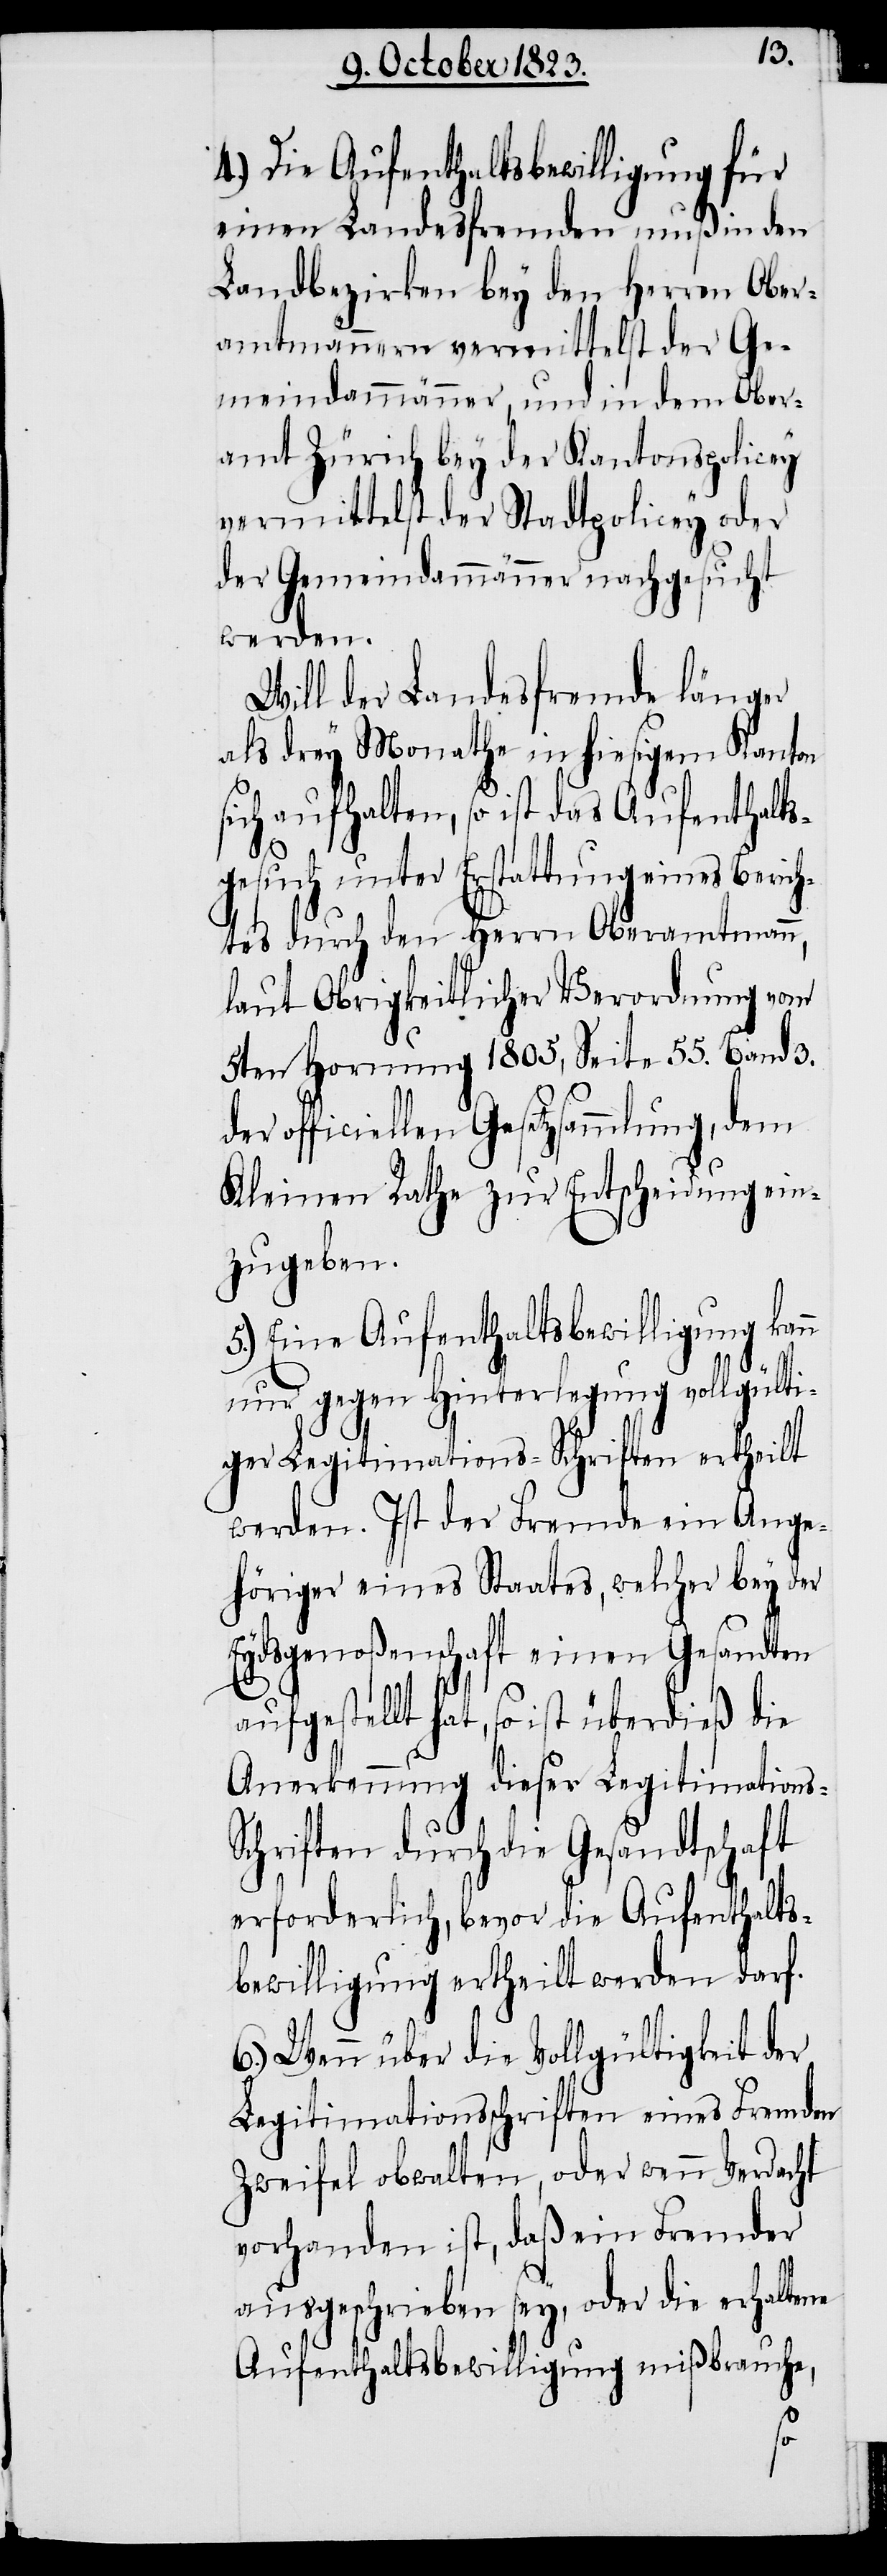
4.) Die Aufenthaltsbewilligung für
einen Landesfremden muß in den
Landbezirken bey den Herren Ober¬
amtmännern vermittelst der Ge¬
meindammänner, und in dem Ober¬
amt Zürich bey der Kantonspolicey
vermittelst der Stadtpolicey oder
der Gemeindammänner nachgesucht
werden.
Will der Landesfremde länger
als drey Monathe in hiesigem Kanton
sich aufhalten, so ist das Aufenthalts¬
s-S¬
gesuch unter Erstattung eines Berich¬
tes durch den Herrn Oberamtmann,
laut Obrigkeitlicher Verordnung vom
5ten Hornung 1805, Seite 55. Band 3.
der officiellen Gesetzsammlung, dem
Kleinen Rathe zur Entscheidung ein¬
zugeben.
5.) Eine Aufenthaltsbewilligung kann
nur gegen Hinterlegung vollgülti¬
ger Legitimations-Schriften ertheilt
werden. Ist der Fremde ein Ange¬
höriger eines Staates, welcher bey der
Eydsgenoßenschaft einen Gesandten
aufgestellt hat, so ist überdieß die
Anerkennung dieser Legitimation¬
chriften durch die Gesandtschaft
erforderlich, bevor die Aufenthalts¬
bewilligung ertheilt werden darf.
6.) Wenn über die Vollgültigkeit der
Legitimationsschriften eines Fremden
Zweifel obwalten, oder wenn Verdacht
vorhanden ist, daß ein Fremder
ausgeschrieben sey, oder die erhaltene
Aufenthaltsbewilligung mißbrauche,